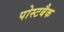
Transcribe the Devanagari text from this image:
पोस्टबैक